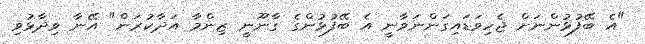
"އެ ބޭފުޅުންނަށް ޖެހިވަޑައިގަންނަވާނީ އެ ބޭފުޅުންގެ ގާނޫނީ ޒިންމާ އަދާކުރަން" އޭނާ ވިދާޅުވި